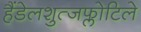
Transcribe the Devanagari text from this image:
हैंडेलशुत्जफ्लोटिले